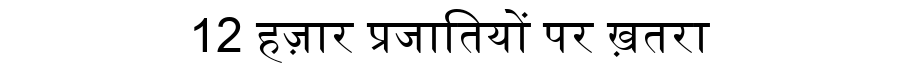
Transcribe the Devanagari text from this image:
12 हज़ार प्रजातियों पर ख़तरा